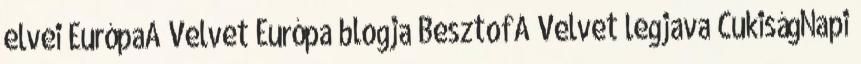
elvei EurópaA Velvet Európa blogja BesztofA Velvet legjava CukiságNapi